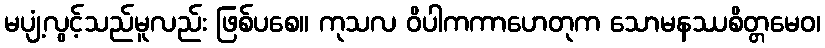
မပျံ့လွင့်သည်မူလည်း ဖြစ်ပစေ။ ကုသလ ဝိပါကကာဟေတုက သောမနဿစိတ္တမေဝ၊